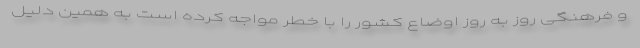
و فرهنگی روز به روز اوضاع کشور را با خطر مواجه کرده است به همین دلیل